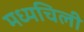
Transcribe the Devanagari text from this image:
मध्यचिली